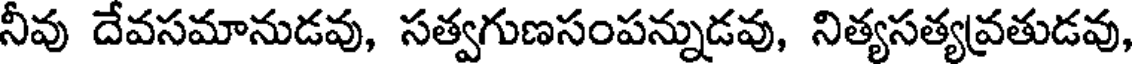
నీవు దేవసమానుడవు, సత్వగుణసంపన్నుడవు, నిత్యసత్యవ్రతుడవు,